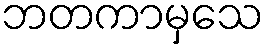
ဘတကာမှသေ